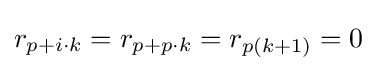
r_{p+i\cdot k}=r_{p+p\cdot k}=r_{p(k+1)}=0